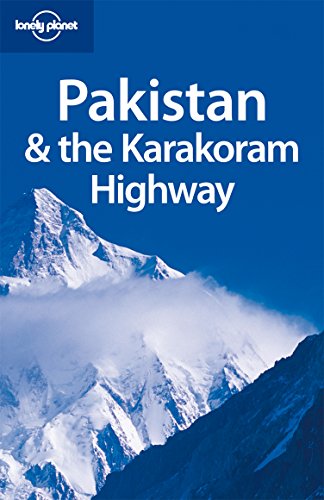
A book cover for Lonely Planet Pakistan & the Karakoram Highway (Country Travel Guide); Sarina Singh; Travel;